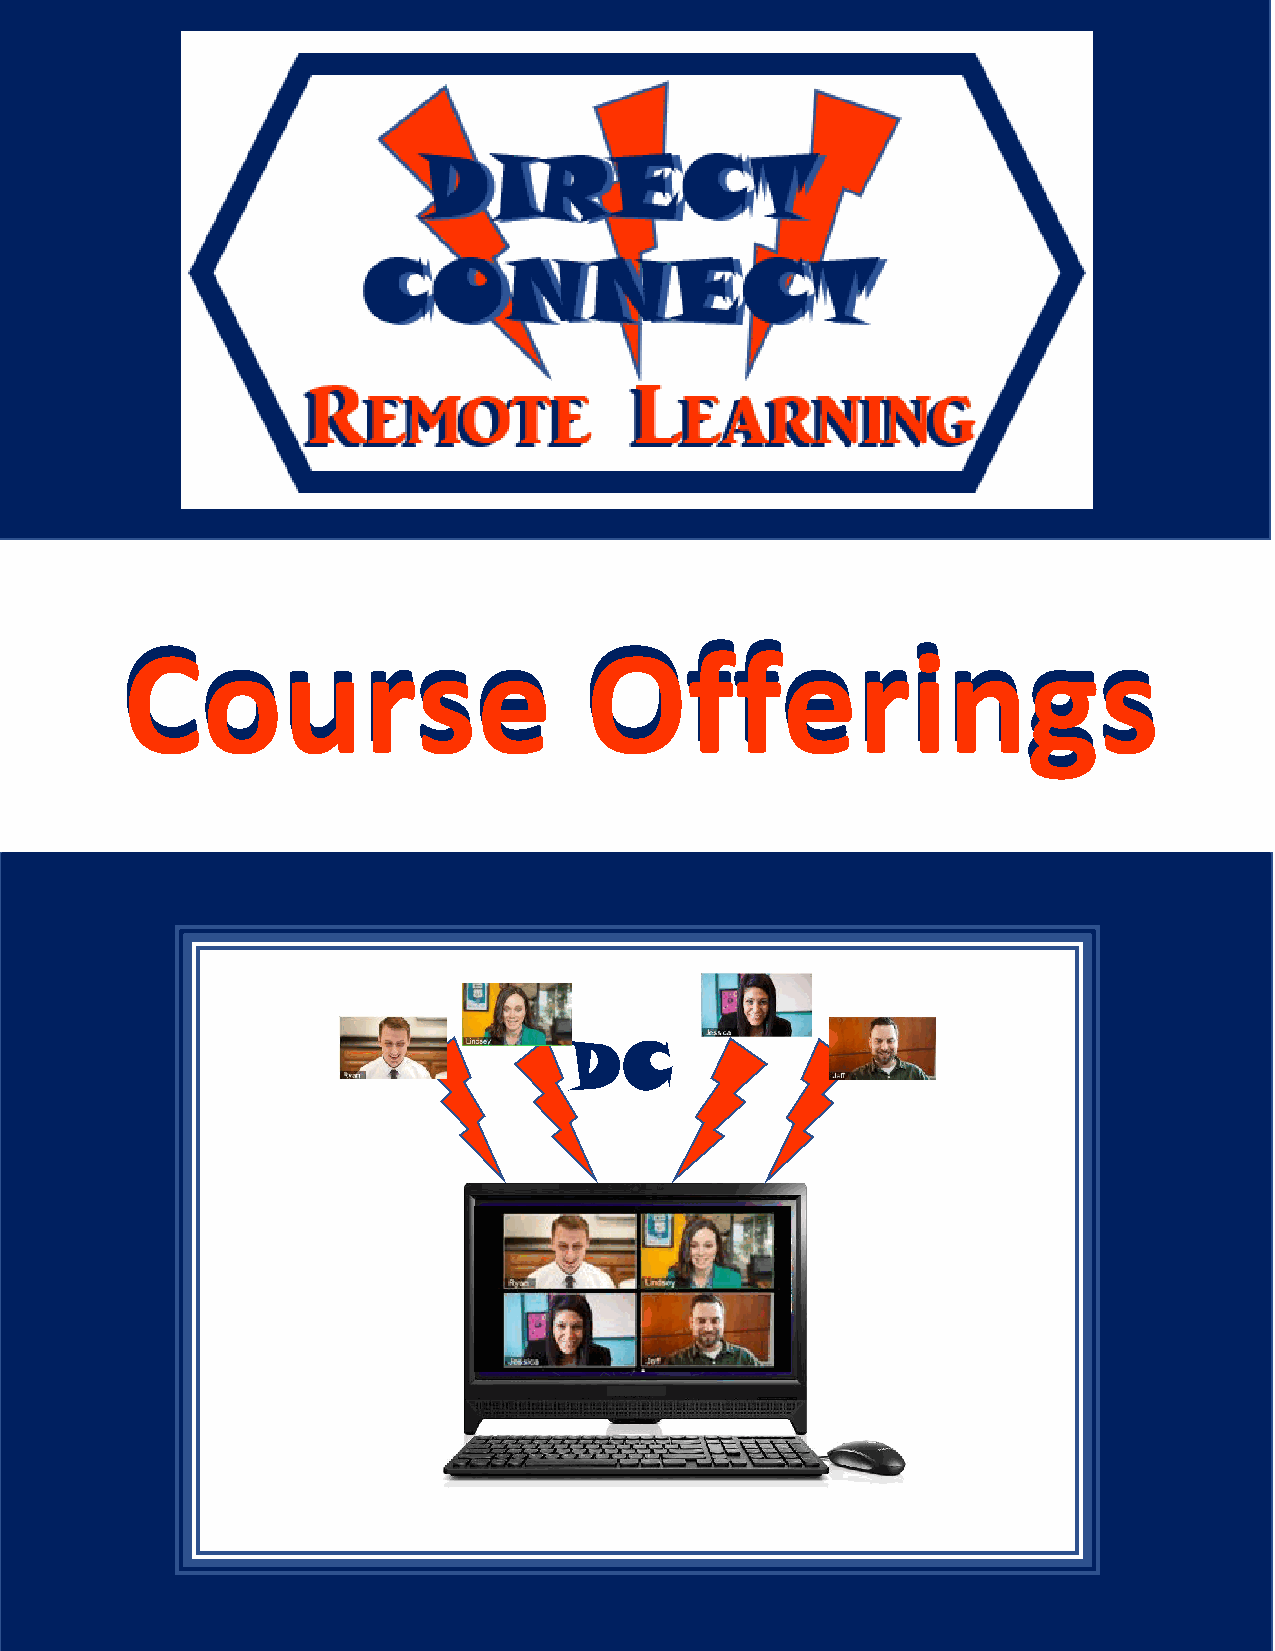
Course                         Offerings
 Course                         Offerings
 DC